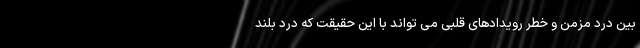
بین درد مزمن و خطر رویدادهای قلبی می تواند با این حقیقت که درد بلند